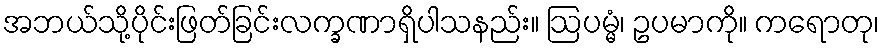
အဘယ်သို့ပိုင်းဖြတ်ခြင်းလက္ခဏာရှိပါသနည်း။ ဩပမ္မံ၊ ဥပမာကို။ ကရောတု၊